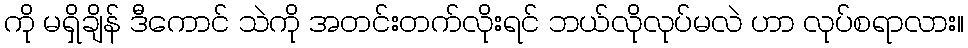
ကို မရှိချိန် ဒီကောင် သဲကို အတင်းတက်လိုးရင် ဘယ်လိုလုပ်မလဲ ဟာ လုပ်စရာလား။